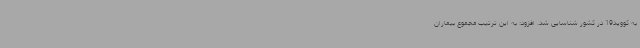
به کووید19 در کشور شناسایی شد. افزود: به این ترتیب مجموع بیماران